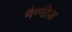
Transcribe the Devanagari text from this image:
मैग्नीज़